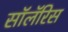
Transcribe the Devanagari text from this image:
सॉलॅरिस